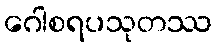
ဂေါစရပသုတဿ